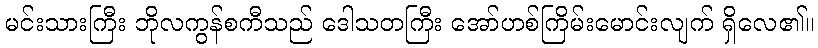
မင်းသားကြီး ဘိုလကွန်စကီသည် ဒေါသတကြီး အော်ဟစ်ကြိမ်းမောင်းလျက် ရှိလေ၏။